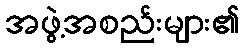
အဖွဲ့အစည်းများ၏